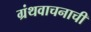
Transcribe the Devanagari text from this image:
ग्रंथवाचनाची